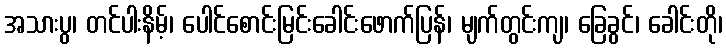
အသားပွ၊ တင်ပါးနိမ့်၊ ပေါင်စောင်းမြင်းခေါင်းဖောက်ပြန်၊ မျက်တွင်းကျ၊ ခြေခွင်၊ ခေါင်းတို၊